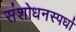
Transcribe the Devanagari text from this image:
संशोधनस्पर्धा